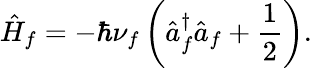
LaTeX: \hat{H}_{f}=-\hbar\nu_{f}\left(\hat{a}_{f}^{\dagger}\hat{a}_{f}+\frac{1}{2}\right).